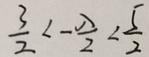
\frac { 3 } { 2 } < - \frac { \lambda } { 2 } < \frac { 5 } { 2 }